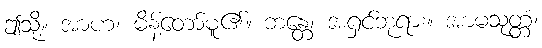
ဤသို့။ အာဟ၊ မိန့်တော်မူ၏။ ဘန္တေ၊ အရှင်ဘုရား။ အာမသုတ္တံ၊